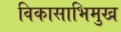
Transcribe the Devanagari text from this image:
विकासाभिमुख